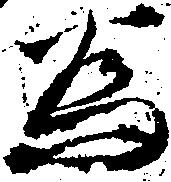
為